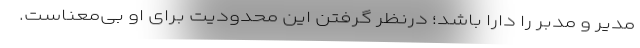
مدیر و مدبر را دارا باشد؛ درنظر گرفتن این محدودیت برای او بی‌معناست.